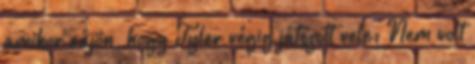
amikor rájön, hogy Tyler végig játszott vele: Nem volt